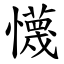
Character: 懱